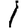
Digit: 1